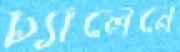
চ্যালেনে